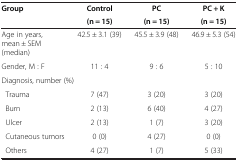
<table><thead><tr><td rowspan="2"><b>Group</b></td><td><b>Control</b></td><td><b>PC</b></td><td><b>PC + K</b></td></tr><tr><td><b>(n = 15)</b></td><td><b>(n = 15)</b></td><td><b>(n = 15)</b></td></tr></thead><tbody><tr><td>Age in years, mean ± SEM (median)</td><td>42.5 ± 3.1 (39)</td><td>45.5 ± 3.9 (48)</td><td>46.9 ± 5.3 (54)</td></tr><tr><td>Gender, M : F</td><td>11 : 4</td><td>9 : 6</td><td>5 : 10</td></tr><tr><td colspan="4">Diagnosis, number (%)</td></tr><tr><td> Trauma</td><td>7 (47)</td><td>3 (20)</td><td>3 (20)</td></tr><tr><td> Burn</td><td>2 (13)</td><td>6 (40)</td><td>4 (27)</td></tr><tr><td> Ulcer</td><td>2 (13)</td><td>1 (7)</td><td>3 (20)</td></tr><tr><td> Cutaneous tumors</td><td>0 (0)</td><td>4 (27)</td><td>0 (0)</td></tr><tr><td> Others</td><td>4 (27)</td><td>1 (7)</td><td>5 (33)</td></tr></tbody></table>